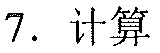
7. 计算